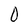
Character: O